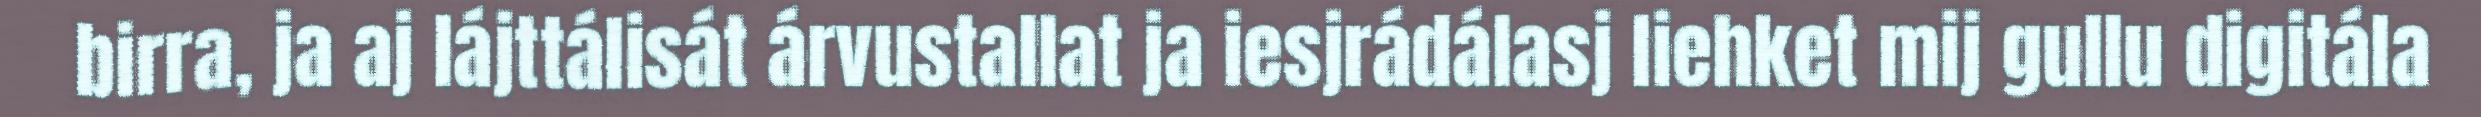
birra, ja aj lájttálisát árvustallat ja iesjrádálasj liehket mij gullu digitála